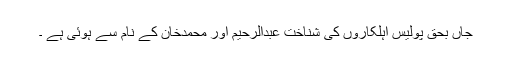
جاں بحق پولیس اہلکاروں کی شناخت عبدالرحیم اور محمدخان کے نام سے ہوئی ہے ۔